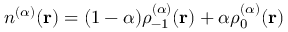
n ^ { ( \alpha ) } ( \mathbf { r } ) = ( 1 - \alpha ) \rho _ { - 1 } ^ { ( \alpha ) } ( \mathbf { r } ) + \alpha \rho _ { 0 } ^ { ( \alpha ) } ( \mathbf { r } )